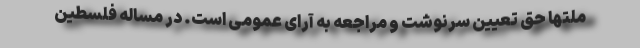
ملتها حق تعیین سرنوشت و مراجعه به آرای عمومی است. در مساله فلسطین